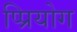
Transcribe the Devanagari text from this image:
प्प्रियोग